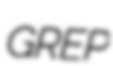
GREP